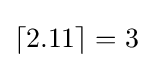
\left\lceil 2.11\right\rceil =3